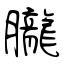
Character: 朧